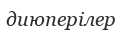
диюперілер